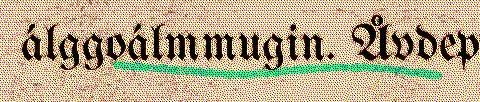
álggoálmmugin. Åvdep